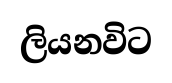
ලියනවිට